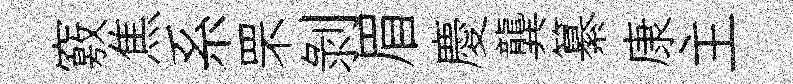
竅焦系罘剥眉慶龔纂康主